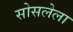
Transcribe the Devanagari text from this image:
सोसलेला